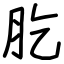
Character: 肐